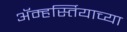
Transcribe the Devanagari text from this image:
ॲम्हर्स्तियाच्या